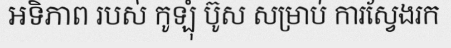
អទិភាព របស់ កូឡុំ ប៊ូស សម្រាប់ ការស្វែងរក